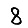
Digit: 8